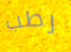
رطب